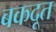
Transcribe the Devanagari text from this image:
बकदूत